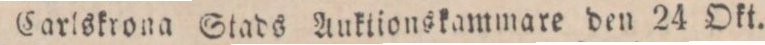
Carlskrona Stads Auktionskammare den 24 Okt.